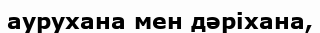
аурухана мен дәріхана,